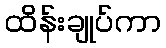
ထိန်းချုပ်ကာ